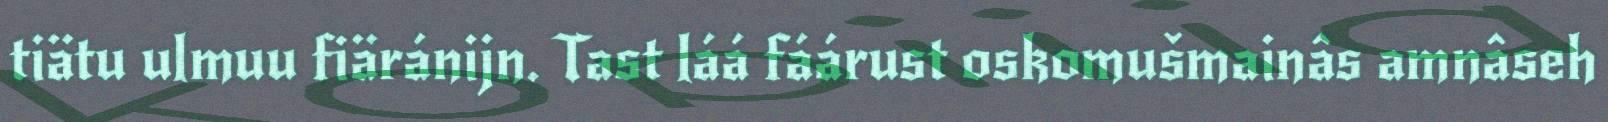
tiätu ulmuu fiäránijn. Tast láá fáárust oskomušmainâs amnâseh